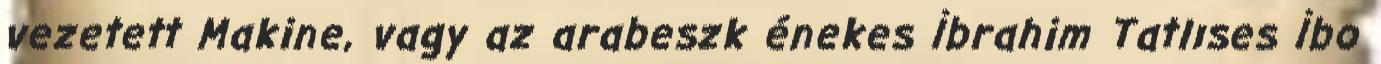
vezetett Makine, vagy az arabeszk énekes İbrahim Tatlıses İbo